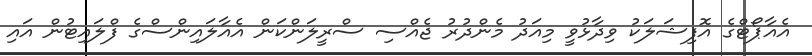
އެއާޕޯޓްގެ އޮފިޝަލަކު ވިދާޅުވީ މިއަދު މެންދުރު ޖެއްސި ސްރީލަންކަން އެއާލައިންސްގެ ފްލައިޓުން އައި